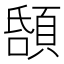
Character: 𩒲